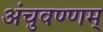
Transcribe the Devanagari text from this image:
अंचुवण्णम्